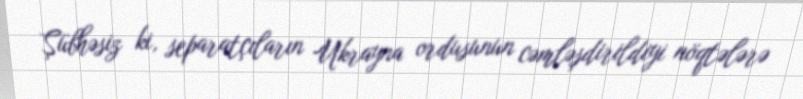
Şübhəsiz ki, separatçıların Ukrayna ordusunun cəmləşdirildiyi nöqtələrə